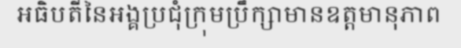
អធិបតីនៃអង្គប្រជុំក្រុមប្រឹក្សាមានឧត្តមានុភាព